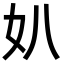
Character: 𡚭